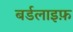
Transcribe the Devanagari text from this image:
बर्डलाइफ़